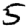
Digit: 5